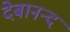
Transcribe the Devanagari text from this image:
देबानन्द